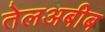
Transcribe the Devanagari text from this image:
तेलअबीब